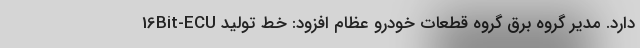
دارد. مدیر گروه برق گروه قطعات خودرو عظام افزود: خط تولید 16Bit-ECU